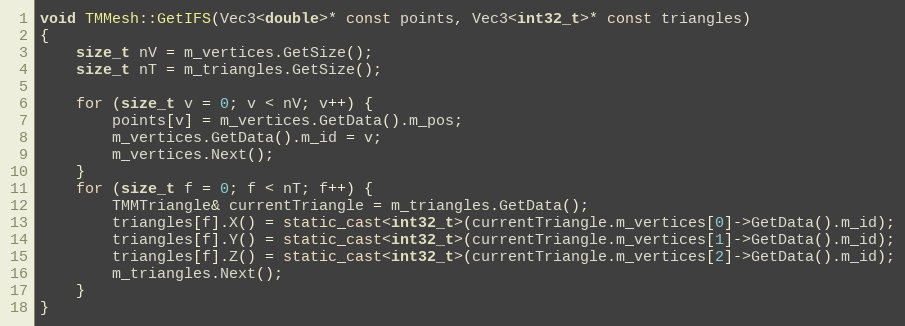
Language: C++
void TMMesh::GetIFS(Vec3<double>* const points, Vec3<int32_t>* const triangles)
{
    size_t nV = m_vertices.GetSize();
    size_t nT = m_triangles.GetSize();

    for (size_t v = 0; v < nV; v++) {
        points[v] = m_vertices.GetData().m_pos;
        m_vertices.GetData().m_id = v;
        m_vertices.Next();
    }
    for (size_t f = 0; f < nT; f++) {
        TMMTriangle& currentTriangle = m_triangles.GetData();
        triangles[f].X() = static_cast<int32_t>(currentTriangle.m_vertices[0]->GetData().m_id);
        triangles[f].Y() = static_cast<int32_t>(currentTriangle.m_vertices[1]->GetData().m_id);
        triangles[f].Z() = static_cast<int32_t>(currentTriangle.m_vertices[2]->GetData().m_id);
        m_triangles.Next();
    }
}